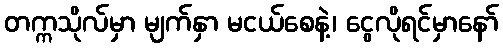
တက္ကသိုလ်မှာ မျက်နှာ မငယ်စေနဲ့၊ ငွေလိုရင်မှာနော်